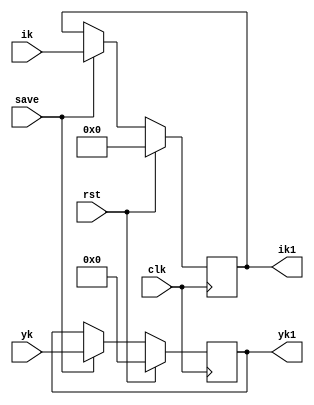
`timescale 1ns / 1ps
//////////////////////////////////////////////////////////////////////////////////
// Company: 
// Engineer: 
// 
// Design Name: 
// Module Name:    Register 
// Project Name: 
// Target Devices: 
// Tool versions: 
// Description: 
//
// Dependencies: 
//
// Revision: 
// Revision 0.01 - File Created
// Additional Comments: 
//
//////////////////////////////////////////////////////////////////////////////////
module Register(clk, rst, save, yk, ik, yk1, ik1);
	input clk, rst, save;   
	input signed [8:0] yk;
	input signed [16:0] ik;
	output reg [8:0] yk1;
	output reg [16:0] ik1;
	
always @ (posedge clk)
	if (rst) begin
		yk1 <= 9'b0;
		ik1 <= 17'b0;
	end
	else begin
		if (save) begin             
			yk1 <= yk;
			ik1 <= ik;
		end
		else begin
			yk1 <= yk1;
			ik1 <= ik1;
		end
	end
	
endmodule